Papers set at the Examination for Leaving Certificates, 1890
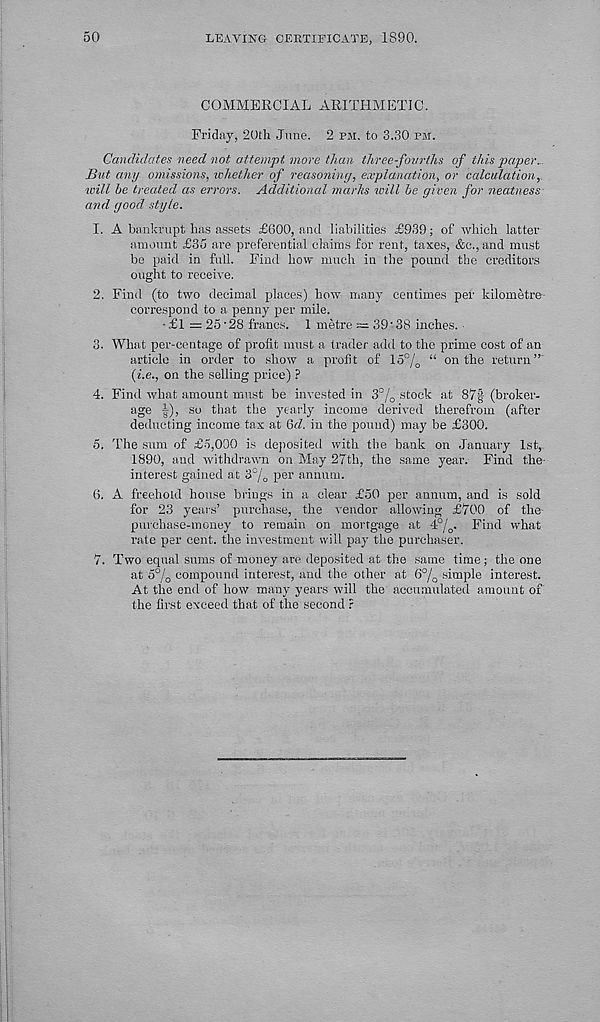
50
LEAVING CERTIFICATE, 1890.
COMMERCIAL ARITHMETI0.
Friday, 20th June. 2 pm. to 3.30 pm.
Candidates need not attempt more than three-fourths of this paper..
But any omissions, whether of reasoning, explanation, or calculation,,
will be treated as errors. Additional marks will be given for neatness
and good style.
1. A bankrupt lias assets £600, and liabilities £939; of which latter
amount £35 are preferential claims for rent, taxes, &c.,and must
be paid in full. Find how much in the pound the creditors
ought to receive.
2. Find (to two decimal places) how many centimes per kilometre
correspond to a penny per mile.
- £1 = 25'28 francs. 1 metre ~ 39‘ 38 inches. •
3. What per-centage of profit must a trader add to the prime cost of an
article in order to show a profit of lo°/ 0 “ on the return”
(i.e., on the selling price) ?
4. Find what amount must be invested in 3% stock sit 87§ (broker-
age |), so that the yearly income derived therefrom (after
deducting income tax at tod. in the pound) may be £300.
5. The sum of £5,000 is deposited with the bank on January 1st,.
1890, and withdrawn on May 27th, the same year. Find the-
interest gained at 3°/ 0 per annum.
6. A freehold house brings in a clear £50 per annum, and is sold
for 23 years’ purchase, the vendor allowing £700 of the
purchase-money to remain on mortgage at 4°/ o . Find what
rate per cent, the investment will pay the purchaser.
7. Two equal sums of money are deposited at the same time; the one
at 5°/ 0 compound interest, and the other at 6°/ 0 simple interest.
At the end of how many years will the accumulated amount of
the first exceed that of the second r